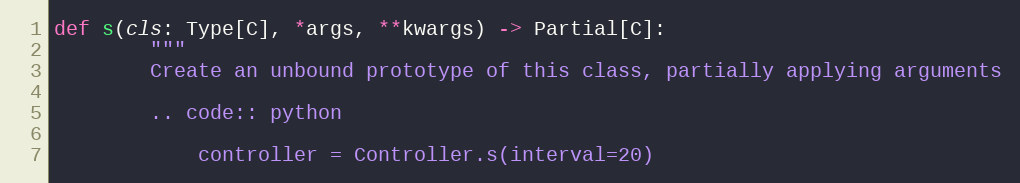
Language: Python
def s(cls: Type[C], *args, **kwargs) -> Partial[C]:
        """
        Create an unbound prototype of this class, partially applying arguments

        .. code:: python

            controller = Controller.s(interval=20)